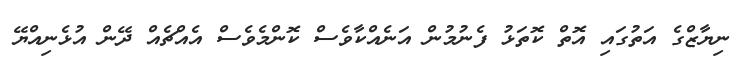
ނިޔާޒްގެ އަތުގައި އޮތް ކޮތަޅު ފެނުމުން އަނެއްކާވެސް ކޮންމެވެސް އެއްޗެއް ދޭން އުޅެނިއްޔޭ